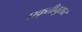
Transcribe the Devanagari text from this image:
प्रकृतीनुसार